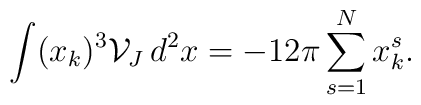
\int (x_{k})^{3}\mathcal{V}_{J}\, d^{2}x=-12\pi \sum_{s=1}^{N}x_{k}^{s}.